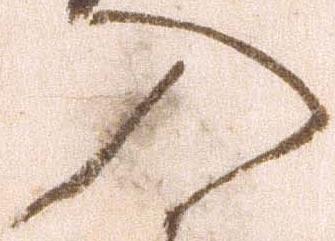
入